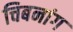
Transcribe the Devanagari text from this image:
चिबनांग